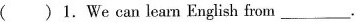
( )1.We can learn English from___.